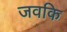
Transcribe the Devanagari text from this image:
जवकि